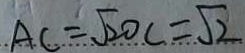
A C = \sqrt { 2 } 0 c = \sqrt { 2 }